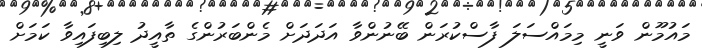
މައުމޫން ވަނީ މިމައްސަލަ ފާސްކުރަން ބޭނުންވާ އަދަދަށް މެންބަރުންގެ ތާއީދު ލިބިފައިވާ ކަމަށް